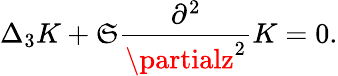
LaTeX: \Delta_{3}K+\mathfrak{S}\frac{{\partial^{2}}}{{\partialz^{2}}}K=0.